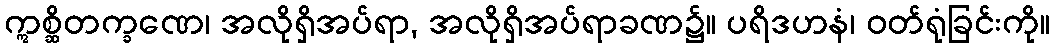
ဣစ္ဆိတက္ခဏေ၊ အလိုရှိအပ်ရာ, အလိုရှိအပ်ရာခဏ၌။ ပရိဒဟနံ၊ ဝတ်ရုံခြင်းကို။